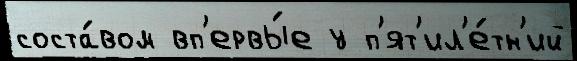
соста́вом вп'ервы́е у п'ят'ил'е́тн'ий